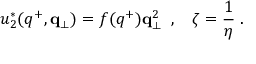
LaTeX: u _ { 2 } ^ { * } ( q ^ { + } , { \bf q } _ { \perp } ) = f ( q ^ { + } ) { \bf q } _ { \perp } ^ { 2 } \; \; , \; \; \; \zeta = { \frac { 1 } { \eta } } \; .